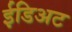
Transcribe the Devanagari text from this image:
ईडिअट